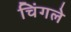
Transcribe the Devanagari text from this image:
चिंगले